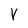
Character: V